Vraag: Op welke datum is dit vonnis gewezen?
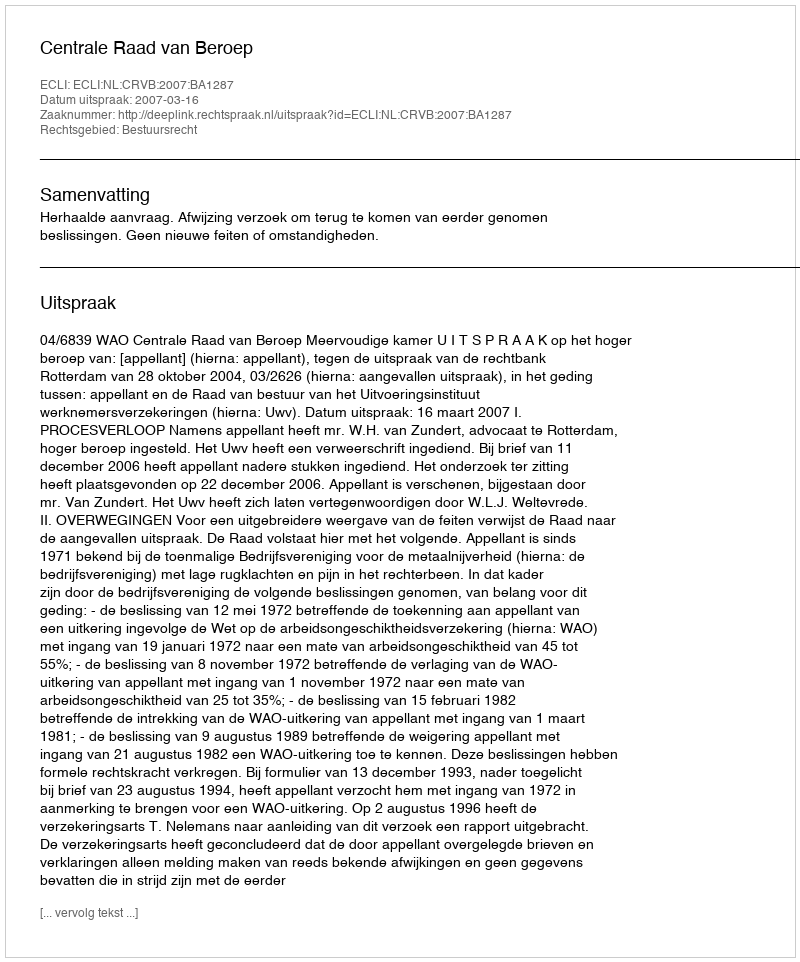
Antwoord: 2007-03-16